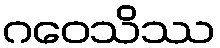
ဂဝေသိဿ